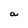
Character: a